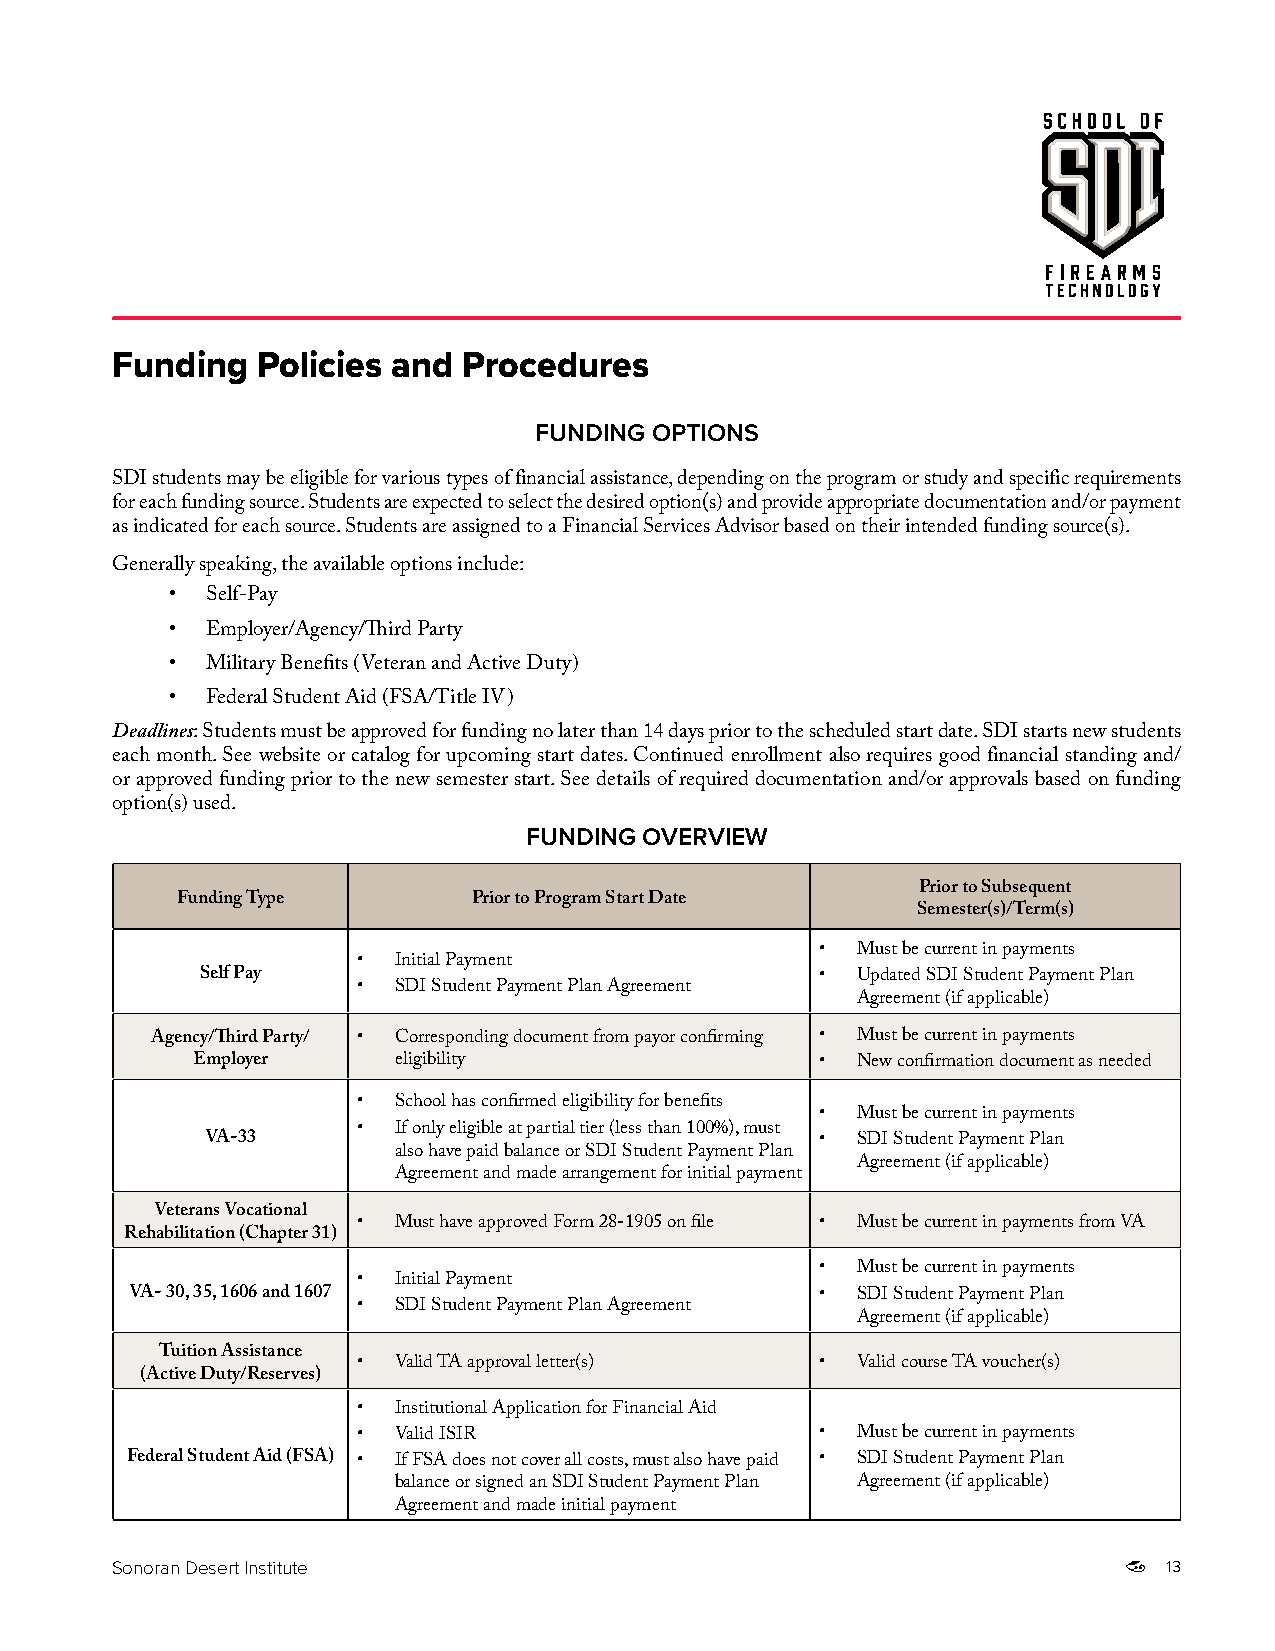
Funding   Policies and  Procedures
 FUNDING OPTIONS
 SDI students may be eligible for various types of financial assistance, depending on the program or study and specific requirements
 for each funding source. Students are expected to select the desired option(s) and provide appropriate documentation and/or payment
 as indicated for each source. Students are assigned to a Financial Services Advisor based on their intended funding source(s).
 Generally speaking, the available options include:
 •  Self-Pay
 •  Employer/Agency/Third Party
 •  Military Benefits (Veteran and Active Duty)
 •  Federal Student Aid (FSA/Title IV)
 Deadlines: Students must be approved for funding no later than 14 days prior to the scheduled start date. SDI starts new students
 each month. See website or catalog for upcoming start dates. Continued enrollment also requires good financial standing and/
 or approved funding prior to the new semester start. See details of required documentation and/or approvals based on funding
 option(s) used.
 FUNDING OVERVIEW
 Prior to Subsequent
 Funding Type       Prior to Program Start Date
 Semester(s)/Term(s)
 •  Must be current in payments
 • Initial Payment
 Self Pay                                 •  Updated SDI Student Payment Plan
 • SDI Student Payment Plan Agreement
 Agreement (if applicable)
 Agency/Third Party/ • Corresponding document from payor confirming • Must be current in payments
 Employer     eligibility                 •  New confirmation document as needed
 • School has confirmed eligibility for benefits
 •  Must be current in payments
 • If only eligible at partial tier (less than 100%), must
 VA-33                                   •  SDI Student Payment Plan
 also have paid balance or SDI Student Payment Plan
 Agreement (if applicable)
 Agreement and made arrangement for initial payment
 Veterans Vocational
 • Must have approved Form 28-1905 on file • Must be current in payments from VA
 Rehabilitation (Chapter 31)
 •  Must be current in payments
 • Initial Payment
 VA- 30, 35, 1606 and 1607                    •  SDI Student Payment Plan
 • SDI Student Payment Plan Agreement
 Agreement (if applicable)
 Tuition Assistance
 • Valid TA approval letter(s) •  Valid course TA voucher(s)
 (Active Duty/Reserves)
 • Institutional Application for Financial Aid
 • Valid ISIR                  •  Must be current in payments
 Federal Student Aid (FSA) • If FSA does not cover all costs, must also have paid • SDI Student Payment Plan
 balance or signed an SDI Student Payment Plan Agreement (if applicable)
 Agreement and made initial payment
 Sonoran Desert Institute                                              13